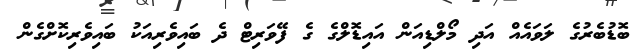
ބޮޑުބެރުގެ ލަވައެއް އަދި މޯލްޑިއަން އައިޑޮލްގެ ގެ ފޭވަރިޓް ދެ ބައިވެރިއަކު ބައިވެރިކޮށްގެން